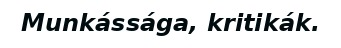
Munkássága, kritikák.